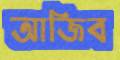
আজিব